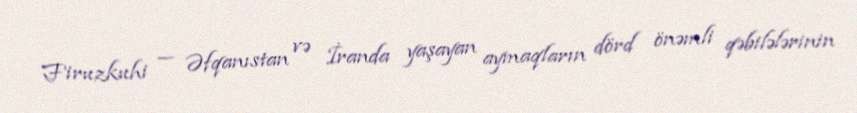
Firuzkuhi — Əfqanıstan və İranda yaşayan aymaqların dörd önəmli qəbilələrinin